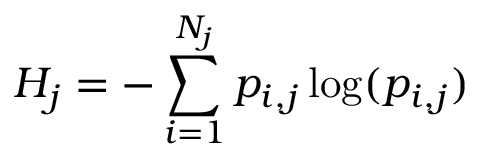
H _ { j } = - \sum _ { i = 1 } ^ { N _ { j } } p _ { i , j } \log ( p _ { i , j } )